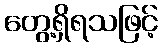
တွေ့ရှိရသဖြင့်